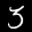
Label: 3